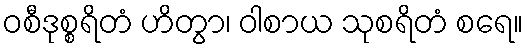
ဝစီဒုစ္စရိတံ ဟိတွာ၊ ဝါစာယ သုစရိတံ စရေ။